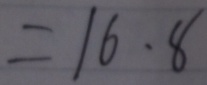
= 1 6 . 8